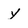
Character: y